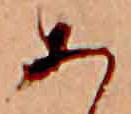
あ